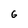
Character: 6